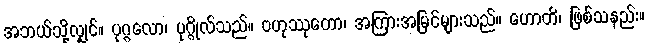
အဘယ်သို့လျှင်။ ပုဂ္ဂလော၊ ပုဂ္ဂိုလ်သည်။ ဗဟုဿုတော၊ အကြားအမြင်များသည်။ ဟောတိ၊ ဖြစ်သနည်း။